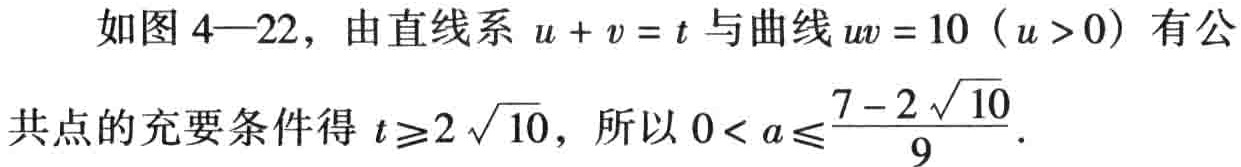
如图 4—22，由直线系 \(u + v = t\) 与曲线 \(uv = 10\ (u > 0)\) 有公
共点的充要条件得 \(t\geqslant2\sqrt{10}\)，所以 \(0 < a\leqslant\frac{7 - 2\sqrt{10}}{9}\)．